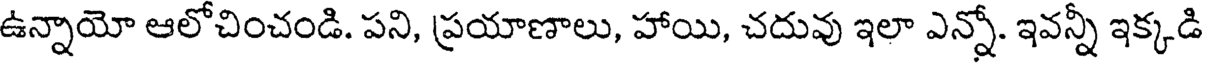
ఉన్నాయో ఆలోచించండి. పని, ప్రయాణాలు, హాయి, చదువు ఇలా ఎన్నో. ఇవన్నీ ఇక్కడి